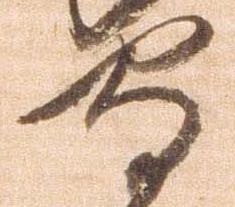
守